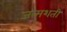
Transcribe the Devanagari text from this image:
जन्‍मशती